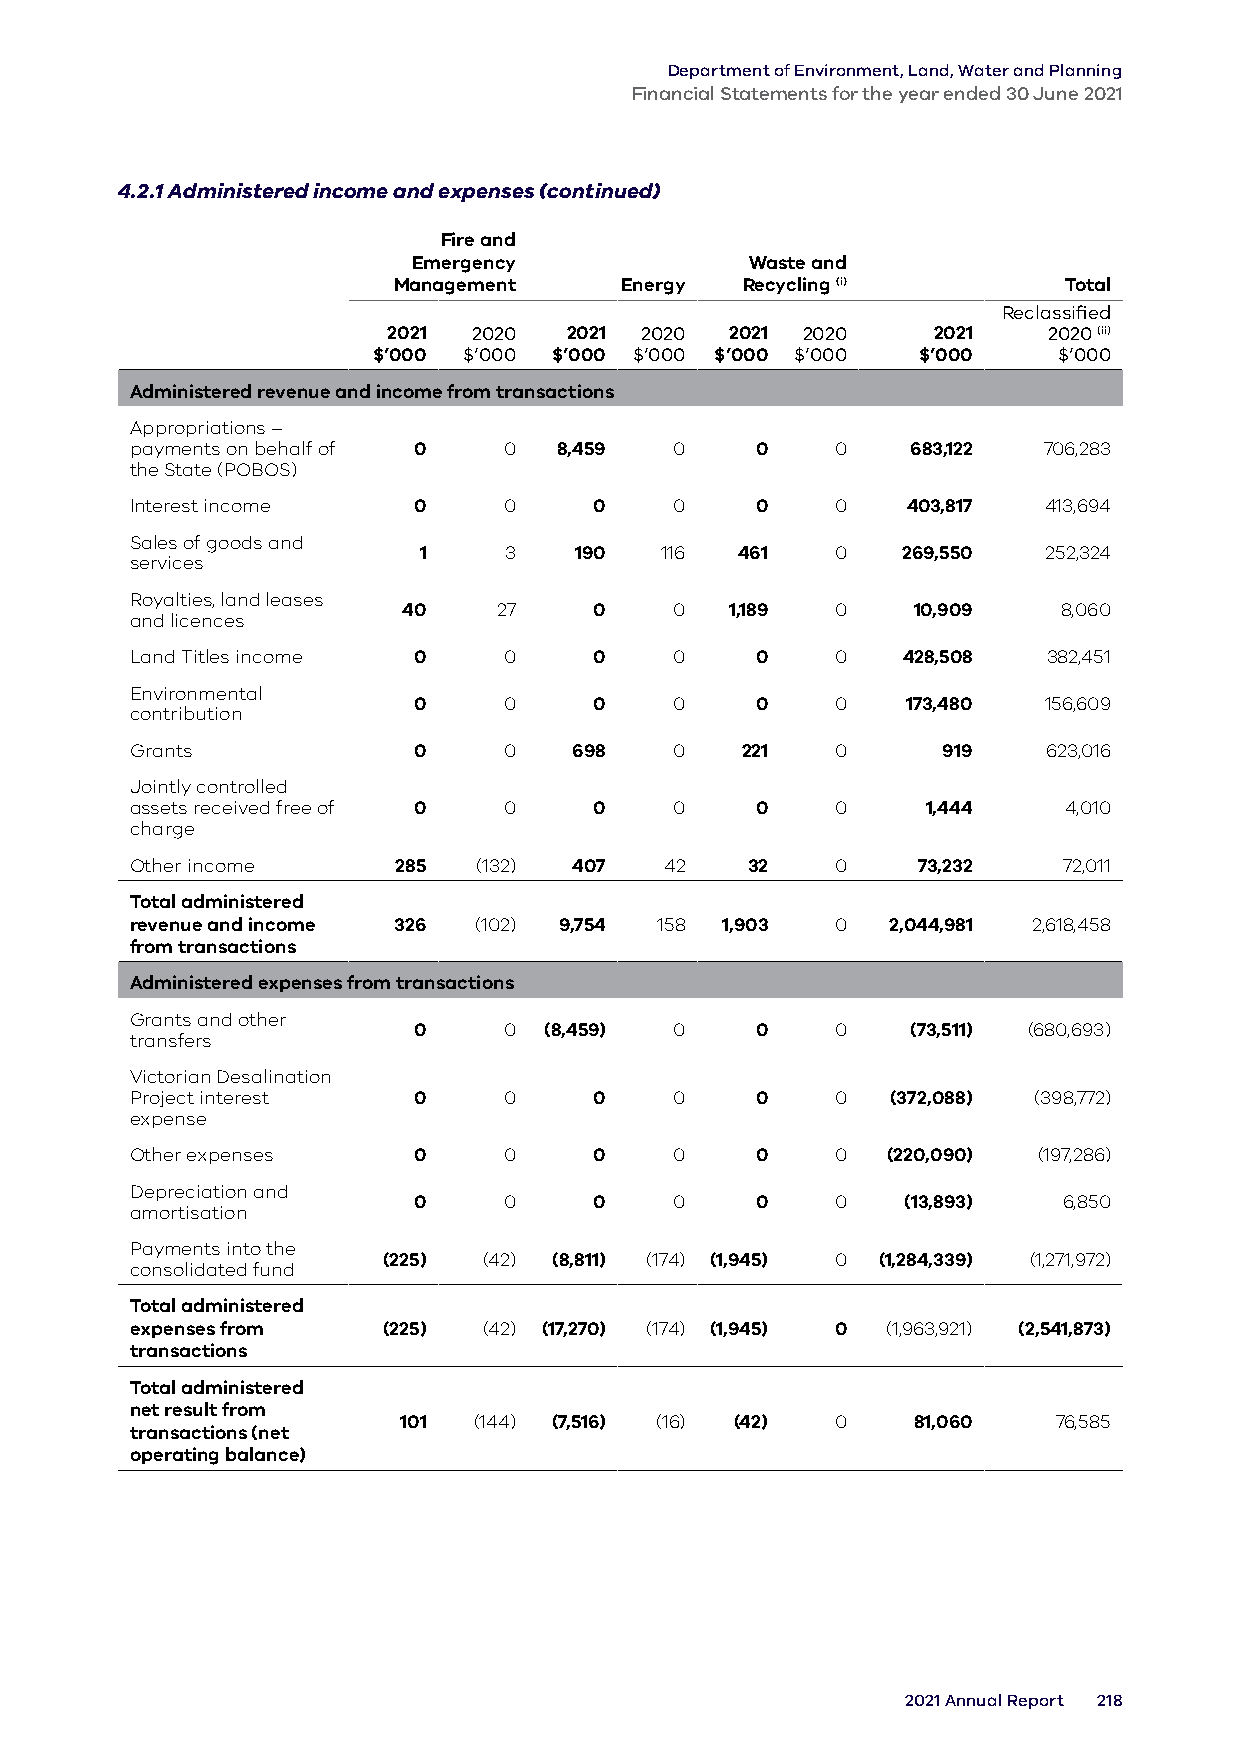
Department of Environment, Land, Water and Planning
 Financial Statements for the year ended 30 June 2021
 4.2.1 Administered income and expenses (continued)
 Fire and
 Emergency              Waste and
 Management     Energy  Recycling (i)        Total
 Reclassified
 2021 2020  2021 2020  2021 2020     2021   2020 (ii)
 $’000 $’000 $’000 $’000 $’000 $’000 $’000    $’000
 Administered revenue and income from transactions
 Appropriations –
 payments on behalf of 0 0   8,459   0    0    0    683,122  706,283
 the State (POBOS)
 Interest income   0     0     0     0    0    0    403,817  413,694
 Sales of goods and
 1    3    190   116  461   0    269,550  252,324
 services
 Royalties, land leases
 40    27    0     0  1,189  0    10,909    8,060
 and licences
 Land Titles income 0    0     0     0    0    0    428,508  382,451
 Environmental
 0     0     0     0    0    0    173,480  156,609
 contribution
 Grants            0     0    698    0   221   0      919    623,016
 Jointly controlled
 assets received free of 0 0   0     0    0    0     1,444    4,010
 charge
 Other income     285  (132)  407   42   32    0     73,232   72,011
 Total administered
 revenue and income 326 (102) 9,754 158 1,903  0   2,044,981 2,618,458
 from transactions
 Administered expenses from transactions
 Grants and other
 0     0  (8,459)  0    0    0    (73,511) (680,693)
 transfers
 Victorian Desalination
 Project interest  0     0     0     0    0    0   (372,088) (398,772)
 expense
 Other expenses    0     0     0     0    0    0   (220,090) (197,286)
 Depreciation and
 0     0     0     0    0    0    (13,893)  6,850
 amortisation
 Payments into the
 (225)  (42) (8,811) (174) (1,945) 0 (1,284,339) (1,271,972)
 consolidated fund
 Total administered
 expenses from   (225)  (42) (17,270) (174) (1,945) 0 (1,963,921) (2,541,873)
 transactions
 Total administered
 net result from
 101  (144) (7,516) (16) (42) 0    81,060    76,585
 transactions (net
 operating balance)
 2021 Annual Report 218